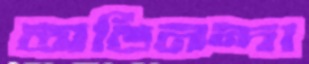
অভিনন্দা